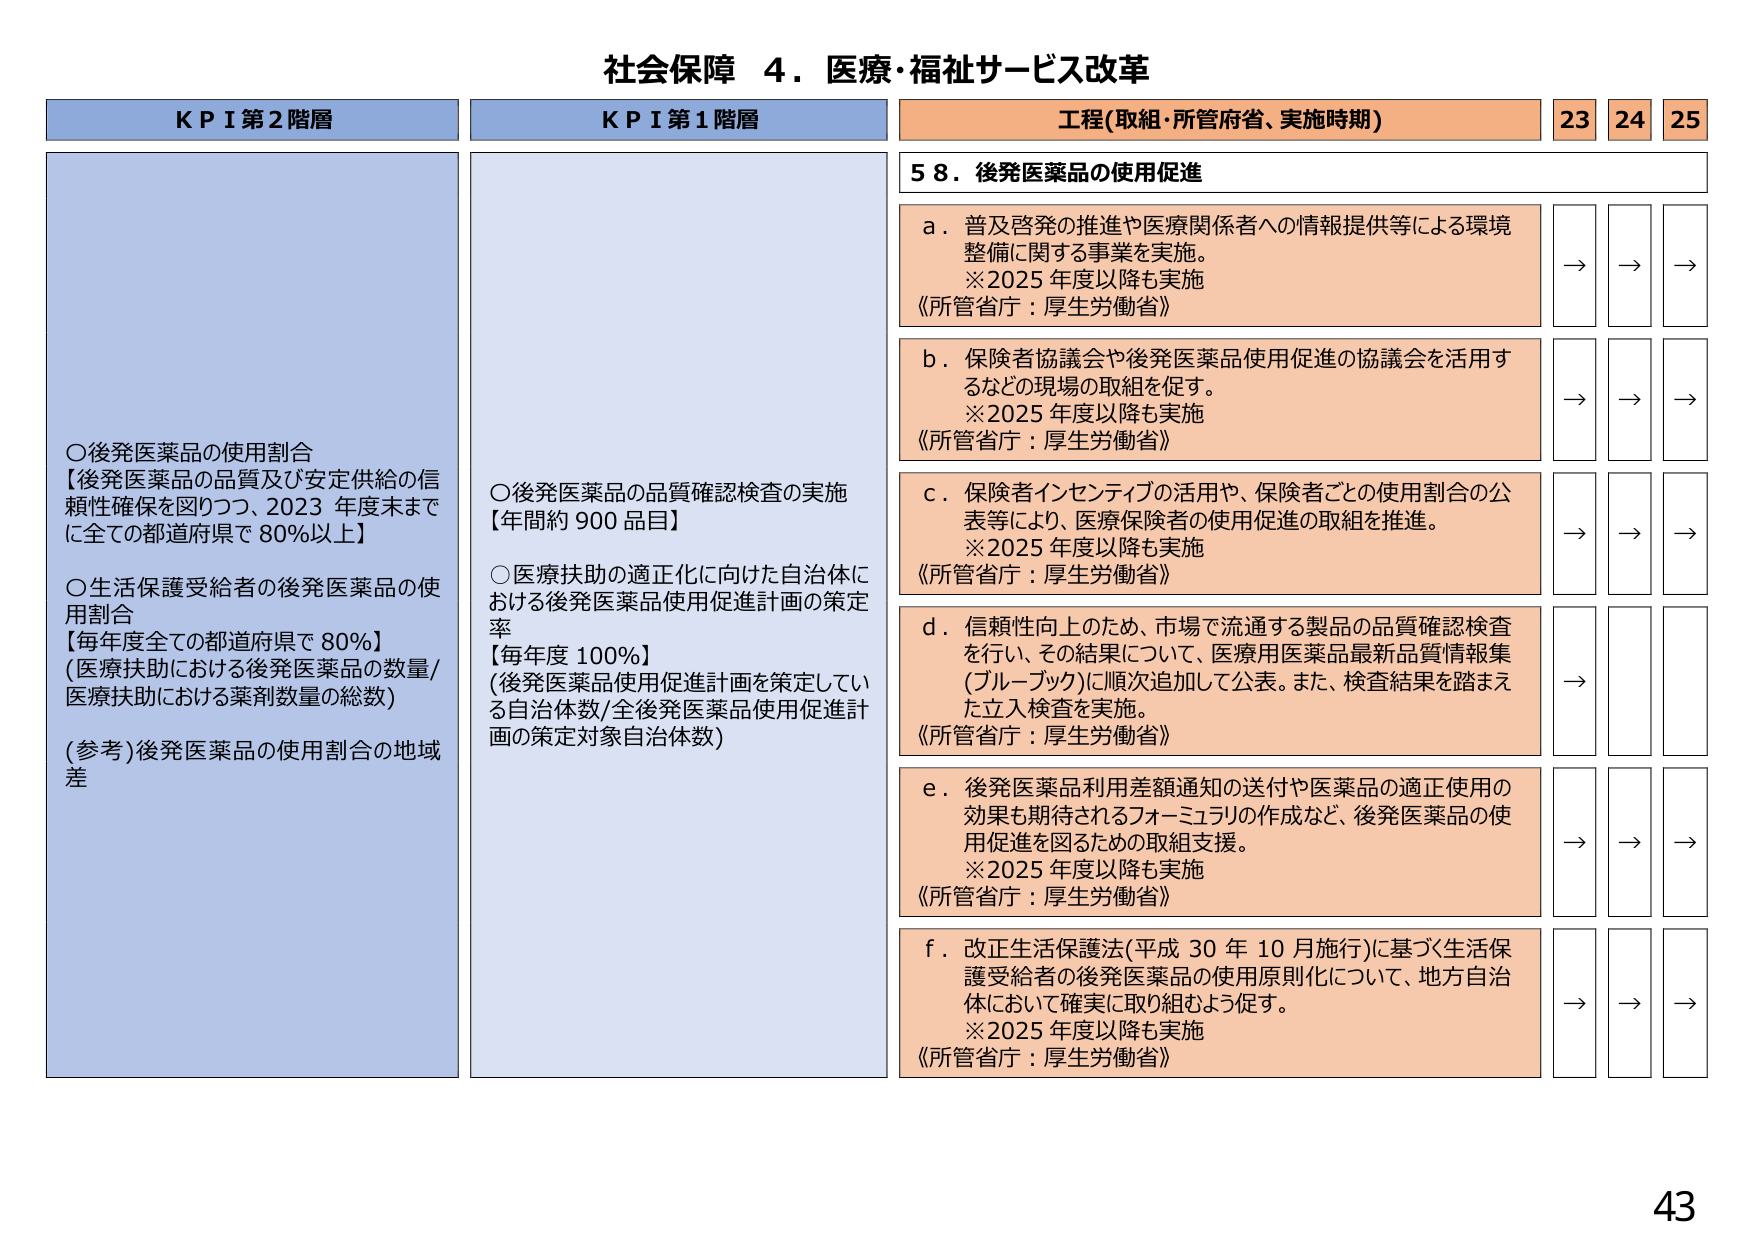
社会保障 ４．医療・福祉サービス改革

ＫＰＩ第２階層
○後発医薬品の使用割合
【後発医薬品の品質及び安定供給の信頼性確保を図りつつ、2023年度末までに全ての都道府県で80％以上】
○生活保護受給者の後発医薬品の使用割合
【毎年度全ての都道府県で80％】
(医療扶助における後発医薬品の数量/医療扶助における薬剤数量の総数)
(参考)後発医薬品の使用割合の地域差

ＫＰＩ第１階層
○後発医薬品の品質確認検査の実施
【年間約900品目】
○医療扶助の適正化に向けた自治体における後発医薬品使用促進計画の策定率
【毎年度100％】
(後発医薬品使用促進計画を策定している自治体数/全後発医薬品使用促進計画の策定対象自治体数)

工程(取組・所管府省、実施時期)
23 24 25

５８．後発医薬品の使用促進

ａ．普及啓発の推進や医療関係者への情報提供等による環境整備に関する事業を実施。
※2025年度以降も実施
《所管省庁：厚生労働省》
→ → →

ｂ．保険者協議会や後発医薬品使用促進の協議会を活用するなどの現場の取組を促す。
※2025年度以降も実施
《所管省庁：厚生労働省》
→ → →

ｃ．保険者インセンティブの活用や、保険者ごとの使用割合の公表等により、医療保険者の使用促進の取組を推進。
※2025年度以降も実施
《所管省庁：厚生労働省》
→ → →

ｄ．信頼性向上のため、市場で流通する製品の品質確認検査を行い、その結果について、医療用医薬品最新品質情報集（ブルーブック）に順次追加して公表。また、検査結果を踏まえた立入検査を実施。
《所管省庁：厚生労働省》
→ → →

ｅ．後発医薬品利用差額通知の送付や医薬品の適正使用の効果も期待されるフォーミュラリの作成など、後発医薬品の使用促進を図るための取組支援。
※2025年度以降も実施
《所管省庁：厚生労働省》
→ → →

ｆ．改正生活保護法(平成30年10月施行)に基づく生活保護受給者の後発医薬品の使用原則化について、地方自治体において確実に取り組むよう促す。
※2025年度以降も実施
《所管省庁：厚生労働省》
→ → →

43